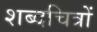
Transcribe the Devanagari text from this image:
शब्दचित्रों